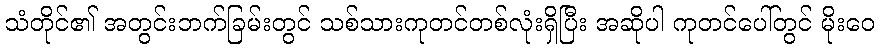
သံတိုင်၏ အတွင်းဘက်ခြမ်းတွင် သစ်သားကုတင်တစ်လုံးရှိပြီး အဆိုပါ ကုတင်ပေါ်တွင် မိုးဝေ